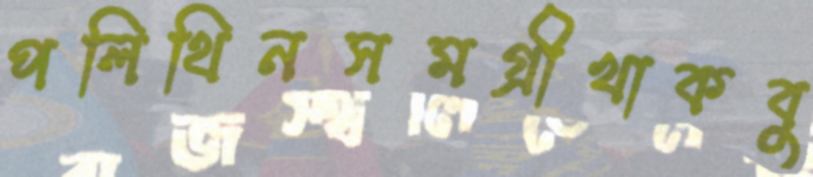
পলিথিনসমগ্রীখাকবু